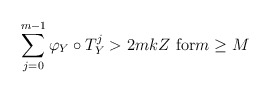
\begin{align*}\sum_{j=0}^{m-1}\varphi_{Y}\circ T_{Y}^{j}>2mkZ\text{ for}m\geq M\end{align*}